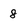
Character: 8